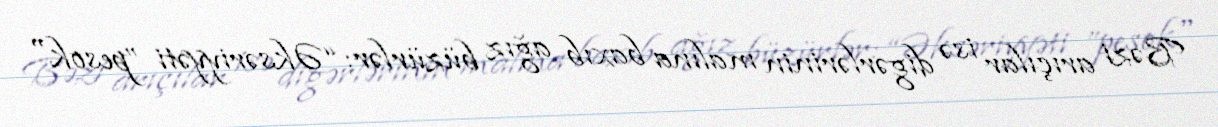
Bəzi arıçılar isə digərlərinin malına baxıb ağız büzürlər: “Əksəriyyəti ”pesok"